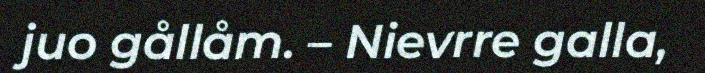
juo gållåm. – Nievrre galla,